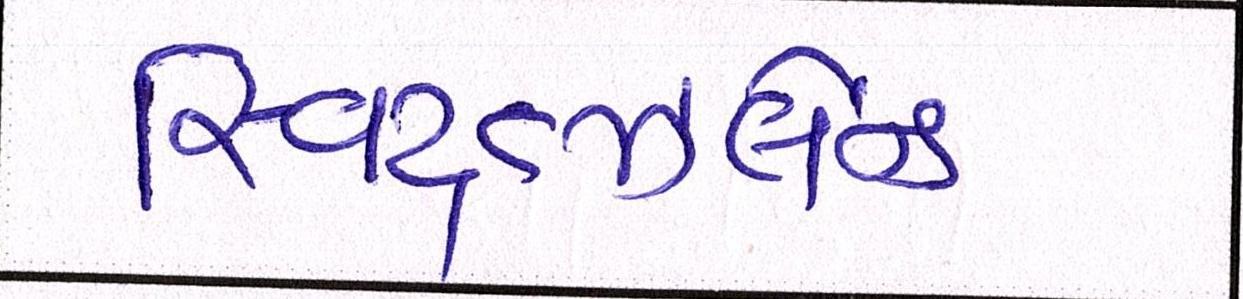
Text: સ્વિટ્ત્ઝર્લેન્ડ